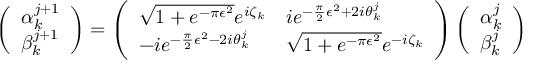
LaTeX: \left( \begin{array} { l } { { \alpha _ { k } ^ { j + 1 } } } \\ { { \beta _ { k } ^ { j + 1 } } } \end{array} \right) = \left( \begin{array} { l l } { { \sqrt { 1 + e ^ { - \pi \epsilon ^ { 2 } } } e ^ { i \zeta _ { k } } } } & { { i e ^ { - { { \frac { \pi } { 2 } } \epsilon ^ { 2 } } + 2 i \theta _ { k } ^ { j } } } } \\ { { - i e ^ { - { { \frac { \pi } { 2 } } \epsilon ^ { 2 } } - 2 i \theta _ { k } ^ { j } } } } & { { \sqrt { 1 + e ^ { - \pi \epsilon ^ { 2 } } } e ^ { - i \zeta _ { k } } } } \end{array} \right) \left( \begin{array} { l } { { \alpha _ { k } ^ { j } } } \\ { { \beta _ { k } ^ { j } } } \end{array} \right) \ \nonumber